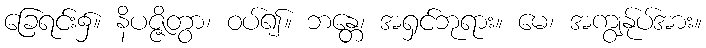
ခြေရင်း၌။ နိပဇ္ဇိတွာ၊ ဝပ်၍။ ဘန္တေ၊ အရှင်ဘုရား။ မေ၊ အကျွန်ုပ်အား။